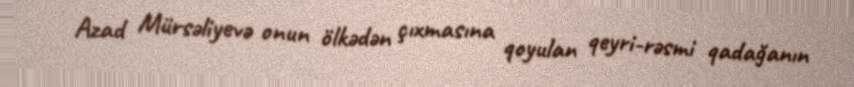
Azad Mürsəliyevə onun ölkədən çıxmasına qoyulan qeyri-rəsmi qadağanın